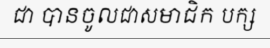
ជា បានចូលជាសមាជិក បក្ស